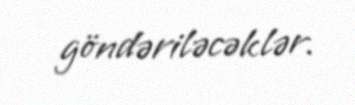
göndəriləcəklər.